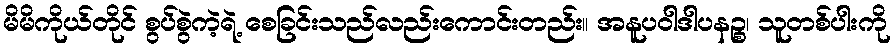
မိမိကိုယ်တိုင် စွပ်စွဲကဲ့ရဲ့ စေခြင်းသည်လည်းကောင်းတည်း။ အနူပဝါဒါပနဉ္စ၊ သူတစ်ပါးကို